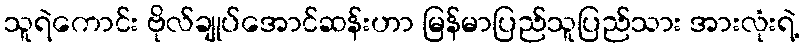
သူရဲကောင်း ဗိုလ်ချုပ်အောင်ဆန်းဟာ မြန်မာပြည်သူပြည်သား အားလုံးရဲ့